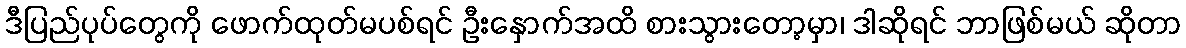
ဒီပြည်ပုပ်တွေကို ဖောက်ထုတ်မပစ်ရင် ဦးနှောက်အထိ စားသွားတော့မှာ၊ ဒါဆိုရင် ဘာဖြစ်မယ် ဆိုတာ